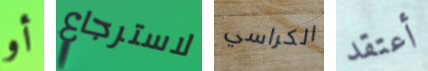
أو لاسترجاع الكراسي أعتقد